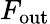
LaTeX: F_{\mathrm{out}}